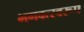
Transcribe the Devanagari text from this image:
भगवत्स्वरूप